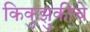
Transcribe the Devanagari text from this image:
किकुझुकीचे